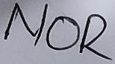
Text: NOR